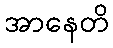
အာနေတိ